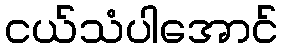
ငယ်သံပါအောင်